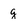
Character: g